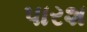
પારશ